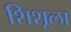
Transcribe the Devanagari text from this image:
शिशूला